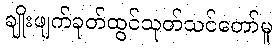
ချိုးဖျက်ခုတ်ထွင်သုတ်သင်တော်မူ